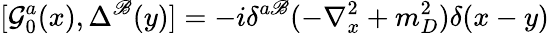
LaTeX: {[{\cal{G}}_{0}^{a}(x),\Delta^{\mathscr{B}}(y)]}=-i\delta^{a\mathscr{B}}(-\nabla_{x}^{2}+m_{D}^{2})\delta(x-y)